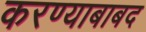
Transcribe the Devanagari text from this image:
करण्याबाबद